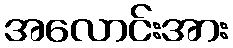
အလောင်းအား